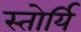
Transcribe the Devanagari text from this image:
स्तोर्यि